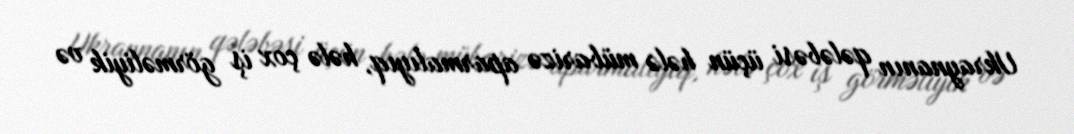
Ukraynanın qələbəsi üçün hələ mübarizə aparmalıyıq, hələ çox iş görməliyik və